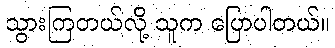
သွားကြတယ်လို့ သူက ပြောပါတယ်။